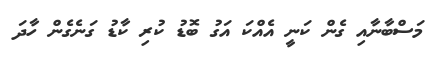
މަސްބާނާއި ގެން ކަނީ އެއްކަ އަގު ބޮޑު ކުރި ކާޑު ގަނެގެން ހާދަ